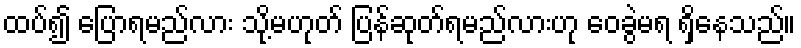
ထပ်၍ ပြောရမည်လား သို့မဟုတ် ပြန်ဆုတ်ရမည်လားဟု ဝေခွဲမရ ရှိနေသည်။